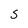
Character: S